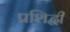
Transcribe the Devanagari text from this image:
प्रशिद्धी